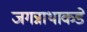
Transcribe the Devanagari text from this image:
जगन्नाथाकडे